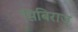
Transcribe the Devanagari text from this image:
सिबिराज